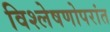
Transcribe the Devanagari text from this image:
विश्लेषणोपरांत